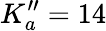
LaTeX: K_{a}^{\prime\prime}=14